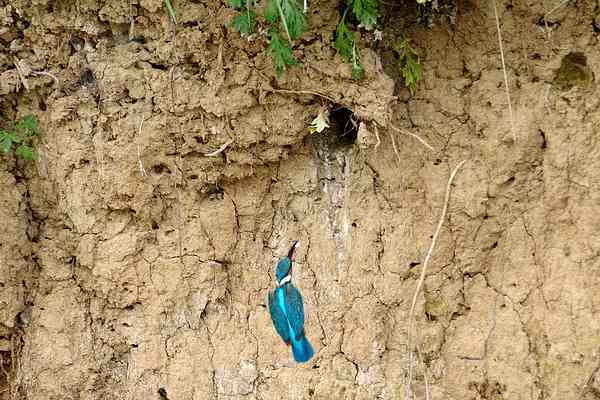
厩马散连山，军容威绝域。